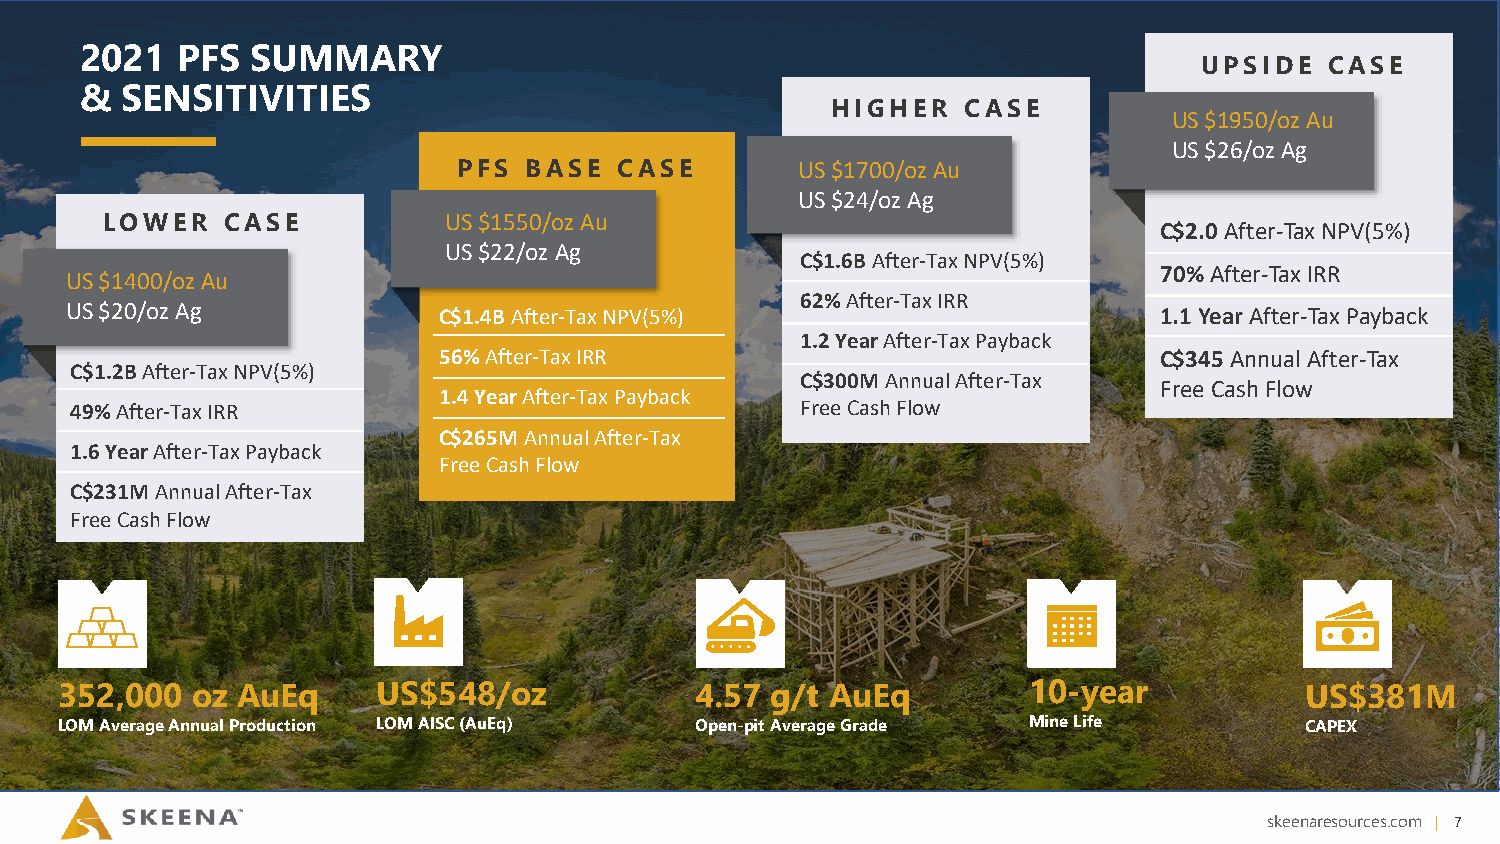
2021   PFS  SUMMARY
 UPSIDE  CASE
 &  SENSITIVITIES
 HIGHER   CASE
 US $1950/oz Au
 US $26/oz Ag
 PFS  BASE  CASE        US $1700/oz Au
 US $24/oz Ag
 LOWER   CASE          US $1550/oz Au
 C$2.0 After-Tax NPV(5%)
 US $22/oz Ag
 C$1.6B After-Tax NPV(5%)
 70% After-Tax IRR
 US $1400/oz Au
 62%After-Tax IRR
 US $20/oz Ag             C$1.4BAfter-Tax NPV(5%)                         1.1 YearAfter-Tax Payback
 1.2 YearAfter-Tax Payback
 56%After-Tax IRR                                C$345Annual After-Tax
 C$1.2BAfter-Tax NPV(5%)
 C$300MAnnual After-Tax
 Free Cash Flow
 1.4 YearAfter-Tax Payback
 49%After-Tax IRR                                Free Cash Flow
 C$265MAnnual After-Tax
 1.6YearAfter-Tax Payback
 Free Cash Flow
 C$231MAnnual After-Tax
 Free Cash Flow
 352,000  oz AuEq     US$548/oz            4.57 g/t AuEq         1 0 - y e a r     US$381M
 LOM Average Annual Production LOM AISC (AuEq) Open-pit Average Grade Mine Life    CAPEX
 skeenaresources.com | 7